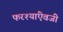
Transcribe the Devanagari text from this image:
फरश्यांऐवजी